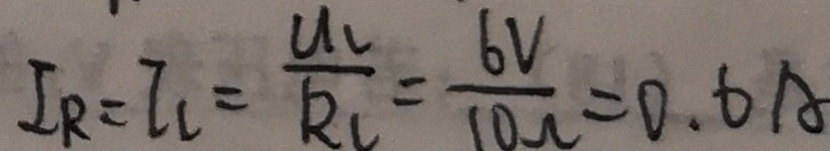
I _ { R } = I _ { l } = \frac { u _ { U } } { k _ { U } } = \frac { 6 V } { 1 0 \Omega } = 0 . 6 A